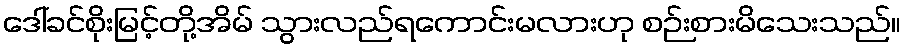
ဒေါ်ခင်စိုးမြင့်တို့အိမ် သွားလည်ရကောင်းမလားဟု စဉ်းစားမိသေးသည်။